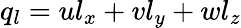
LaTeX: q_{l}=ul_{x}+vl_{y}+wl_{z}